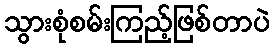
သွားစုံစမ်းကြည့်ဖြစ်တာပဲ